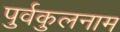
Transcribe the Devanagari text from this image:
पुर्वकुलनाम